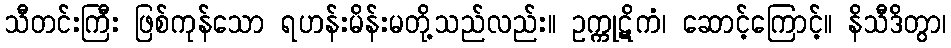
သီတင်းကြီး ဖြစ်ကုန်သော ရဟန်းမိန်းမတို့သည်လည်း။ ဥက္ကုဋိကံ၊ ဆောင့်ကြောင့်။ နိသီဒိတွာ၊